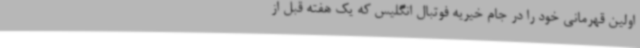
اولین قهرمانی خود را در جام خیریه فوتبال انگلیس که یک هفته قبل از